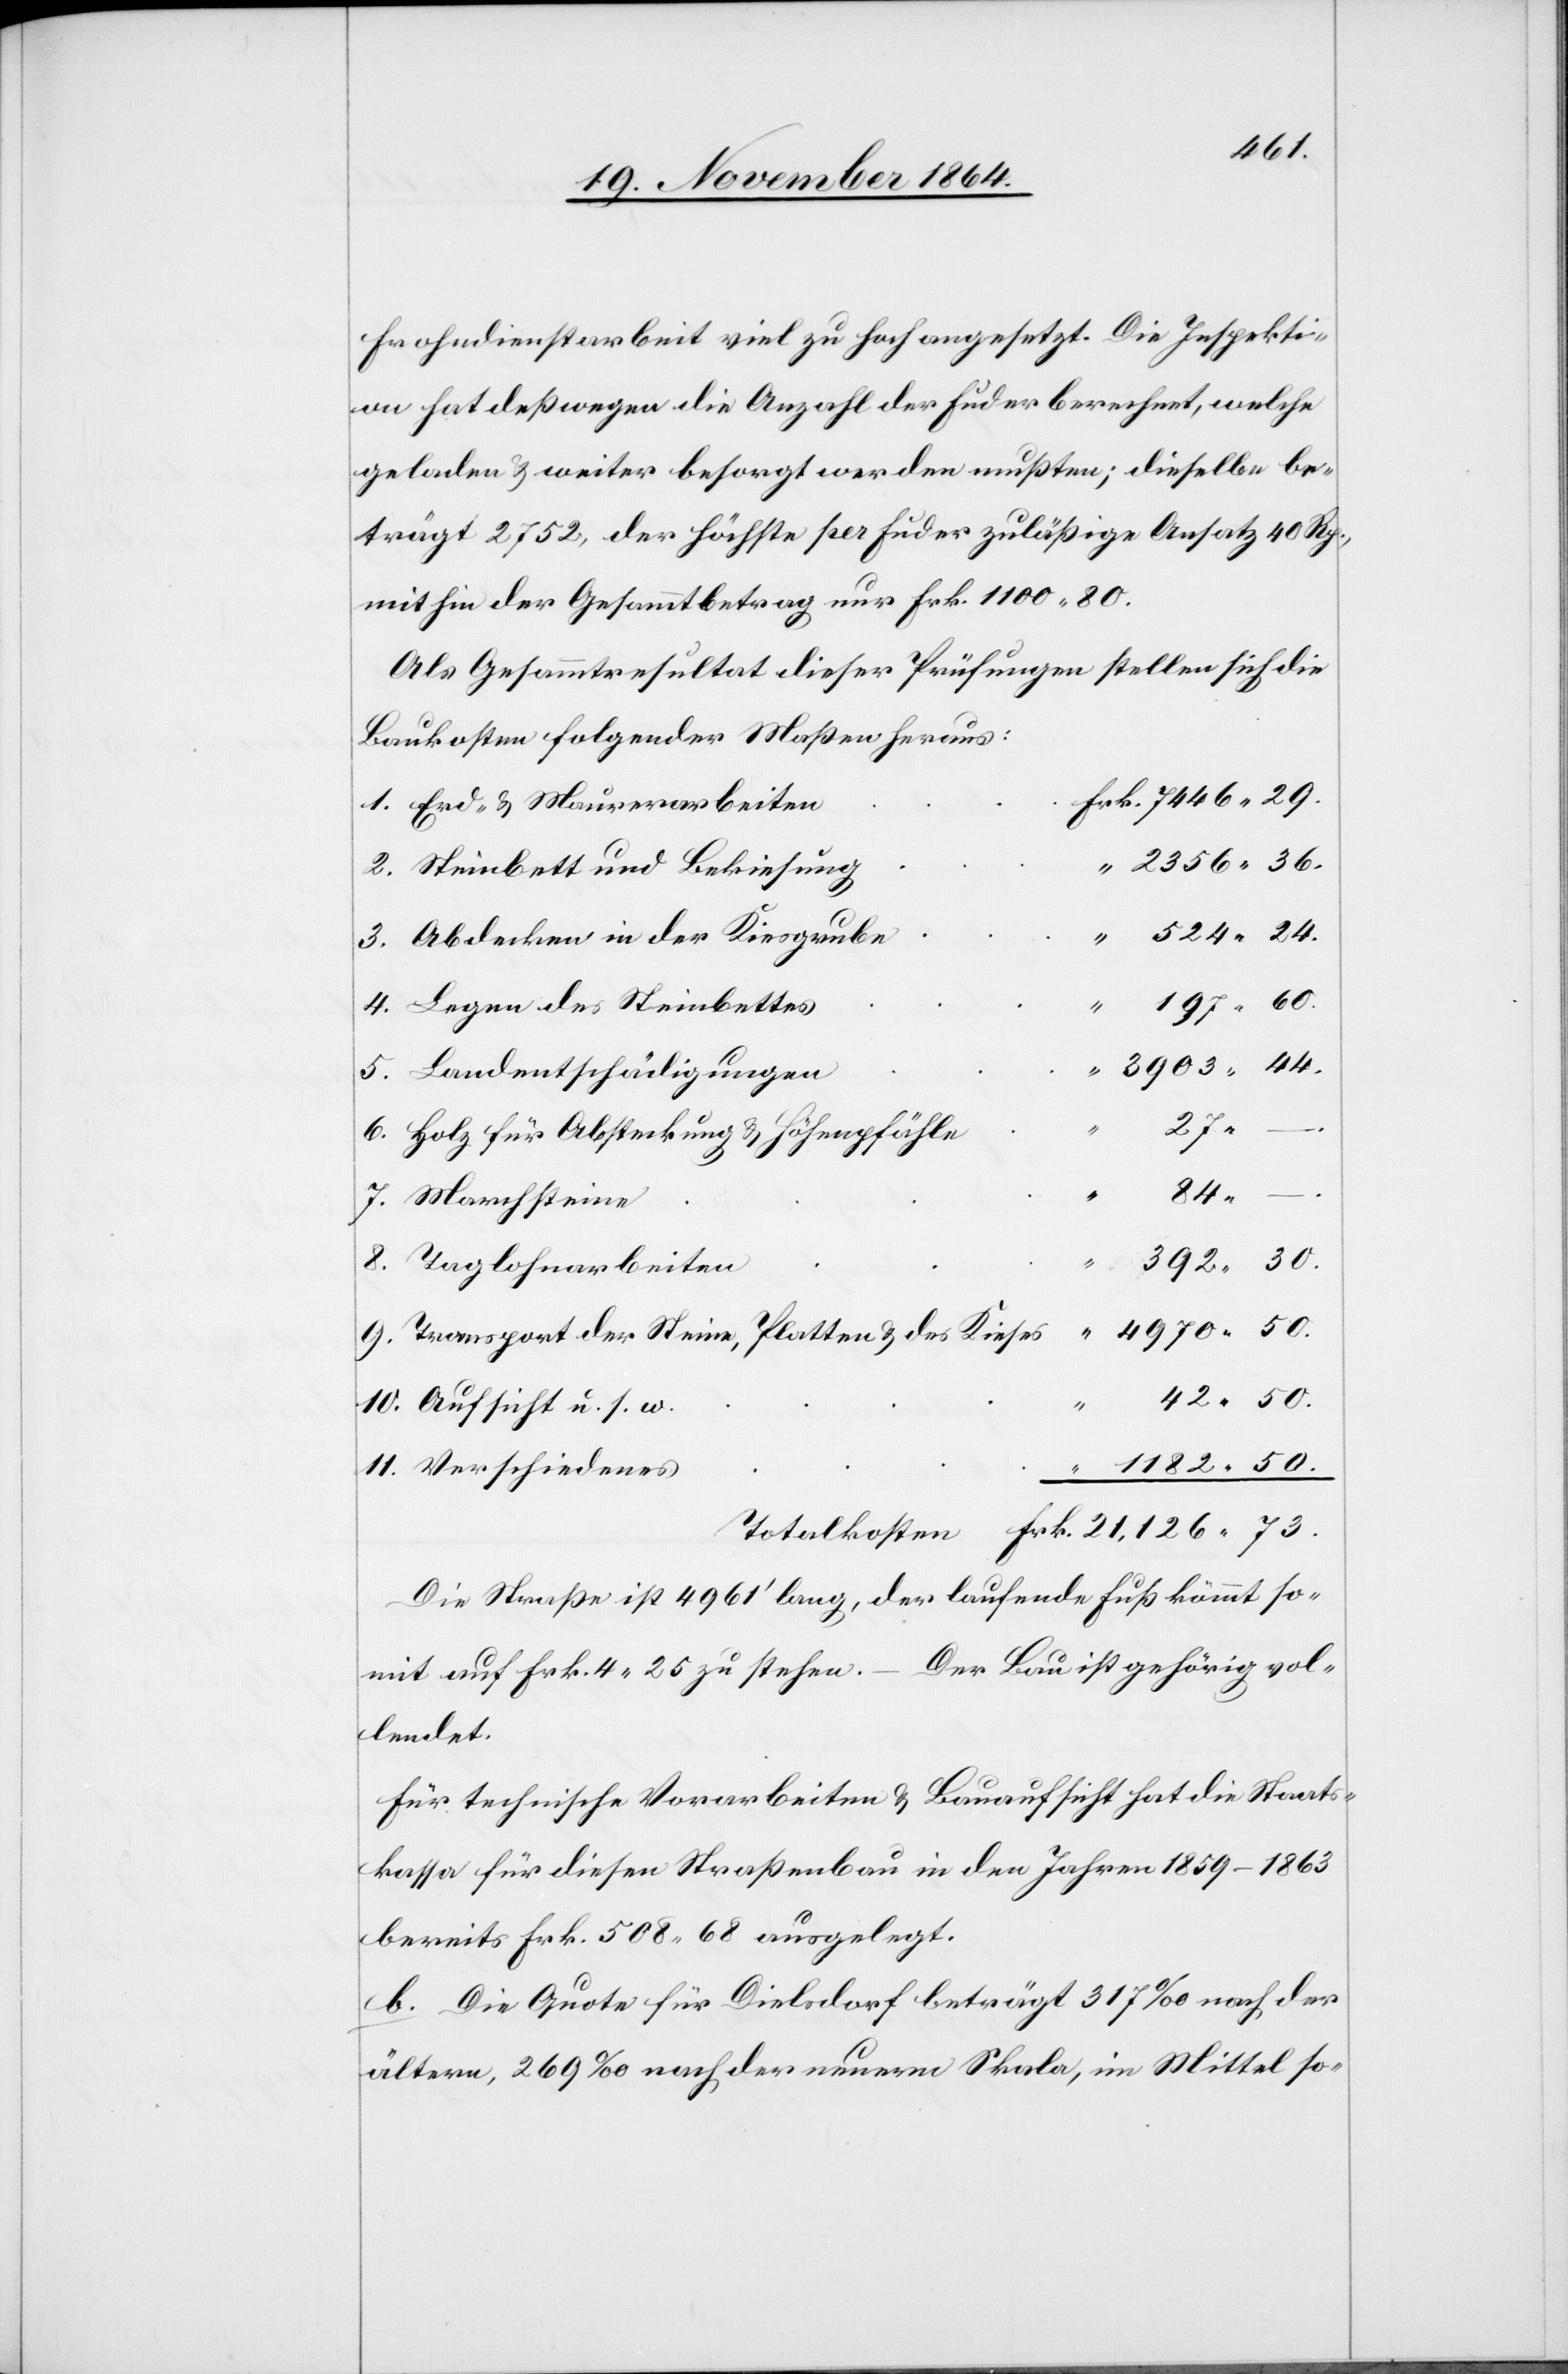
11.
Frohndienstarbeit viel zu hoch angesetzt. Die Inspekti¬
on hat deßwegen die Anzahl der Fuder berechnet, welche
geladen & weiter besorgt werden mußten; dieselbe be¬
trägt 2752, der höchste per Fuder zuläßige Ansatz 40 Rp.,
mithin der Gesammtbetrag nur Frk. 1100.80.
Als Gesammtresultat dieser Prüfungen stellen sich die
Baukosten folgender Maßen heraus:
Erd- & Maurerarbeiten
Steinbett und Bekiesung
524.36.
3.
Abdecken in der Kiesgrube
197.60.
5.
Legen des Steinbettes
3903.44.
7.
Holz für Absteckung & Höhenpfähle
84.
–.
392.30.
4970.50.
Transport der Steine, Platten & des Kieses
42.50.
Aufsicht u. s. w.
1182.50.
Die Straße ist 4961’ lang, der laufende Fuß kömmt so¬
mit auf Frk. 4.25 zu stehen. – Der Bau ist gehörig vol¬
lendet.
Für technische Vorarbeiten & Bauaufsicht hat die Staats¬
kassa für diesen Straßenbau in den Jahren 1859–1863
bereits Frk. 508.68 ausgelegt.
b. Die Quote für Dielsdorf beträgt 317‰ nach der
ältern, 269‰ nach der neuern Skala, im Mittel so-